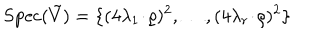
\mathrm { S p e c } ( \tilde { V } ) = \{ ( 4 \lambda _ { 1 } \! \cdot \! \varrho ) ^ { 2 } , \ldots , ( 4 \lambda _ { r } \! \cdot \! \varrho ) ^ { 2 } \}